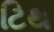
ટિથ